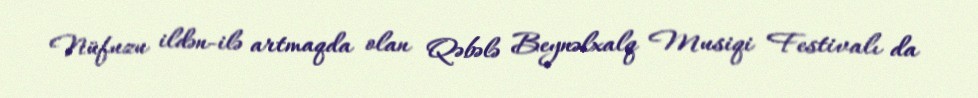
Nüfuzu ildən-ilə artmaqda olan Qəbələ Beynəlxalq Musiqi Festivalı da